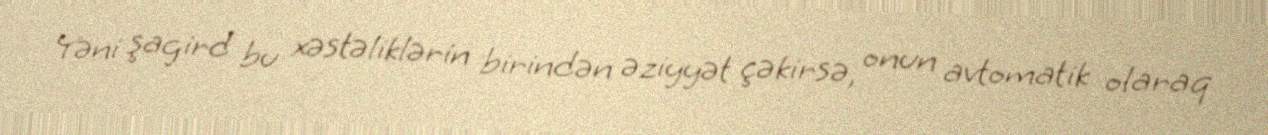
Yəni şagird bu xəstəliklərin birindən əziyyət çəkirsə, onun avtomatik olaraq